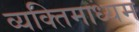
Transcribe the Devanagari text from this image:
व्यक्तिमाध्यम